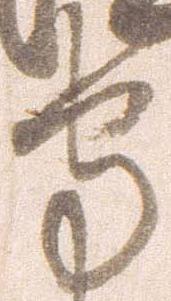
守